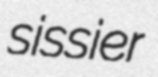
sissier